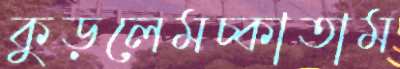
কুড়লেমচ্‌কাতাম